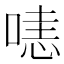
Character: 𠹤